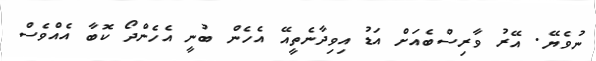
ނުވެޔޭ. އޭރު ވާރިސްބެއަށް އަޑު އިވިދާނެތީއޭ އެހެން ބުނީ އެހެންދޯ ކޮބާ އެއްވެސް